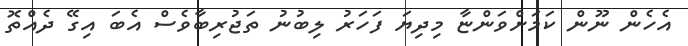
އެހެން ނޫން ކަމަށްވަންޏާ މިދިޔަ ފަހަރު ލިބުނު ތަޖުރިބާވެސް އެބަ އިގޭ ދެއްތޮ